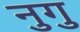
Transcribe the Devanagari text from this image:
नुगु